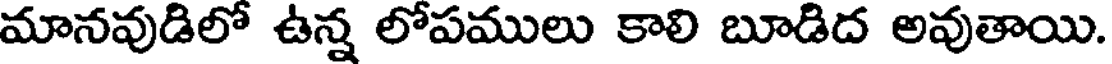
మానవుడిలో ఉన్న లోపములు కాలి బూడిద అవుతాయి.